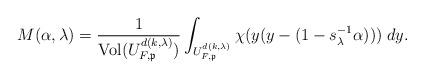
LaTeX: \begin{align*}M(\alpha,\lambda) = \frac{1}{\mathrm{Vol}(U^{d(k,\lambda)}_{F,\mathfrak{p}})}\int_{U^{d(k,\lambda)}_{F,\mathfrak{p}}}\chi(y(y - (1-s_\lambda^{-1}\alpha)))\; dy.\end{align*}